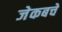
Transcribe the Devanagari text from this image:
जेकबचे